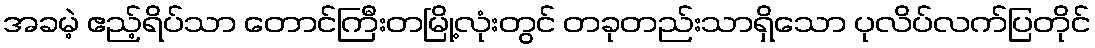
အခမဲ့ ဧည့်ရိပ်သာ တောင်ကြီးတမြို့လုံးတွင် တခုတည်းသာရှိသော ပုလိပ်လက်ပြတိုင်